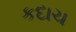
કદાચ